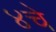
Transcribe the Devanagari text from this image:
४चे